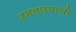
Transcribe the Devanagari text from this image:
उमलण्याची